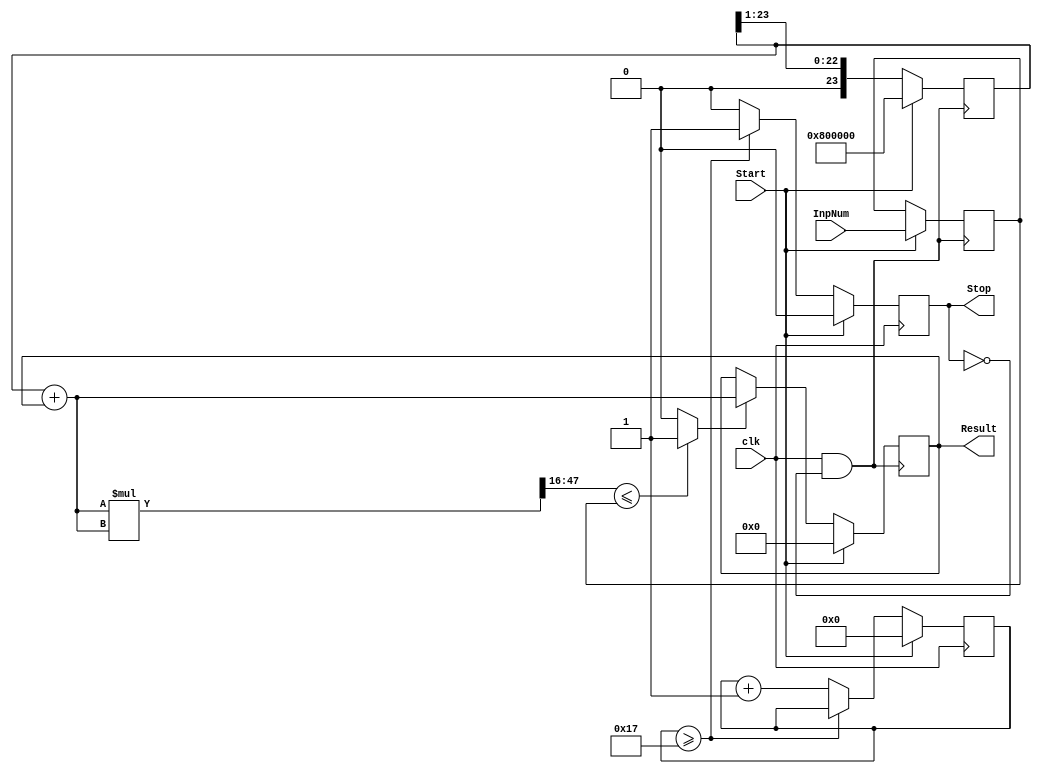
module SqrtCORDIC(input         Start,
                  input         clk,
                  input  [31:0] InpNum,
                  output [23:0] Result,
                  output reg    Stop);


/// D A T A   U N I T   variables

wire        init;
wire        gatedClk;
wire        le;
wire [23:0] added;
wire [23:0] addOrNot;
wire [47:0] squared;
wire [31:0] squaredRestr;

reg [23:0] OneShReg;
reg [23:0] Sqrt;
reg [31:0] InputReg;

assign gatedClk = clk & ~Stop;


/// C O N T R O L   U N I T   variables

reg [4:0] ctr;


/// D A T A   U N I T   definition

assign added        = OneShReg + Sqrt;
assign squared      = added * added;
assign squaredRestr = squared >> 16;
assign le           = (squaredRestr <= InputReg) ? 1'b1  : 1'b0;
assign addOrNot     = (le == 1)                  ? added : Sqrt;
assign Result       = Sqrt;

always@(negedge gatedClk)
begin
   OneShReg <= (init == 1'b1) ? (24'b1 << 23) : (OneShReg >>> 1);
   Sqrt     <= (init == 1'b1) ? 24'b0         : addOrNot;
   InputReg <= (init == 1'b1) ? InpNum        : InputReg;
end


/// C O N T R O L   U N I T   definition

assign init = Start;

always@(posedge clk)
if (Start == 1'b1)
   begin
   ctr  <= 5'b0;
   Stop <= 1'b0;
   end
else
   if (ctr >= 5'd23)
   begin
   ctr  <= ctr;
   Stop <= 1'b1;
   end
   else
   begin
   ctr  <= ctr + 5'b1;
   Stop <= 1'b0;
   end


endmodule